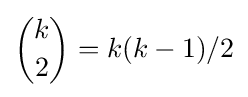
{k \choose 2}=k(k-1)/2